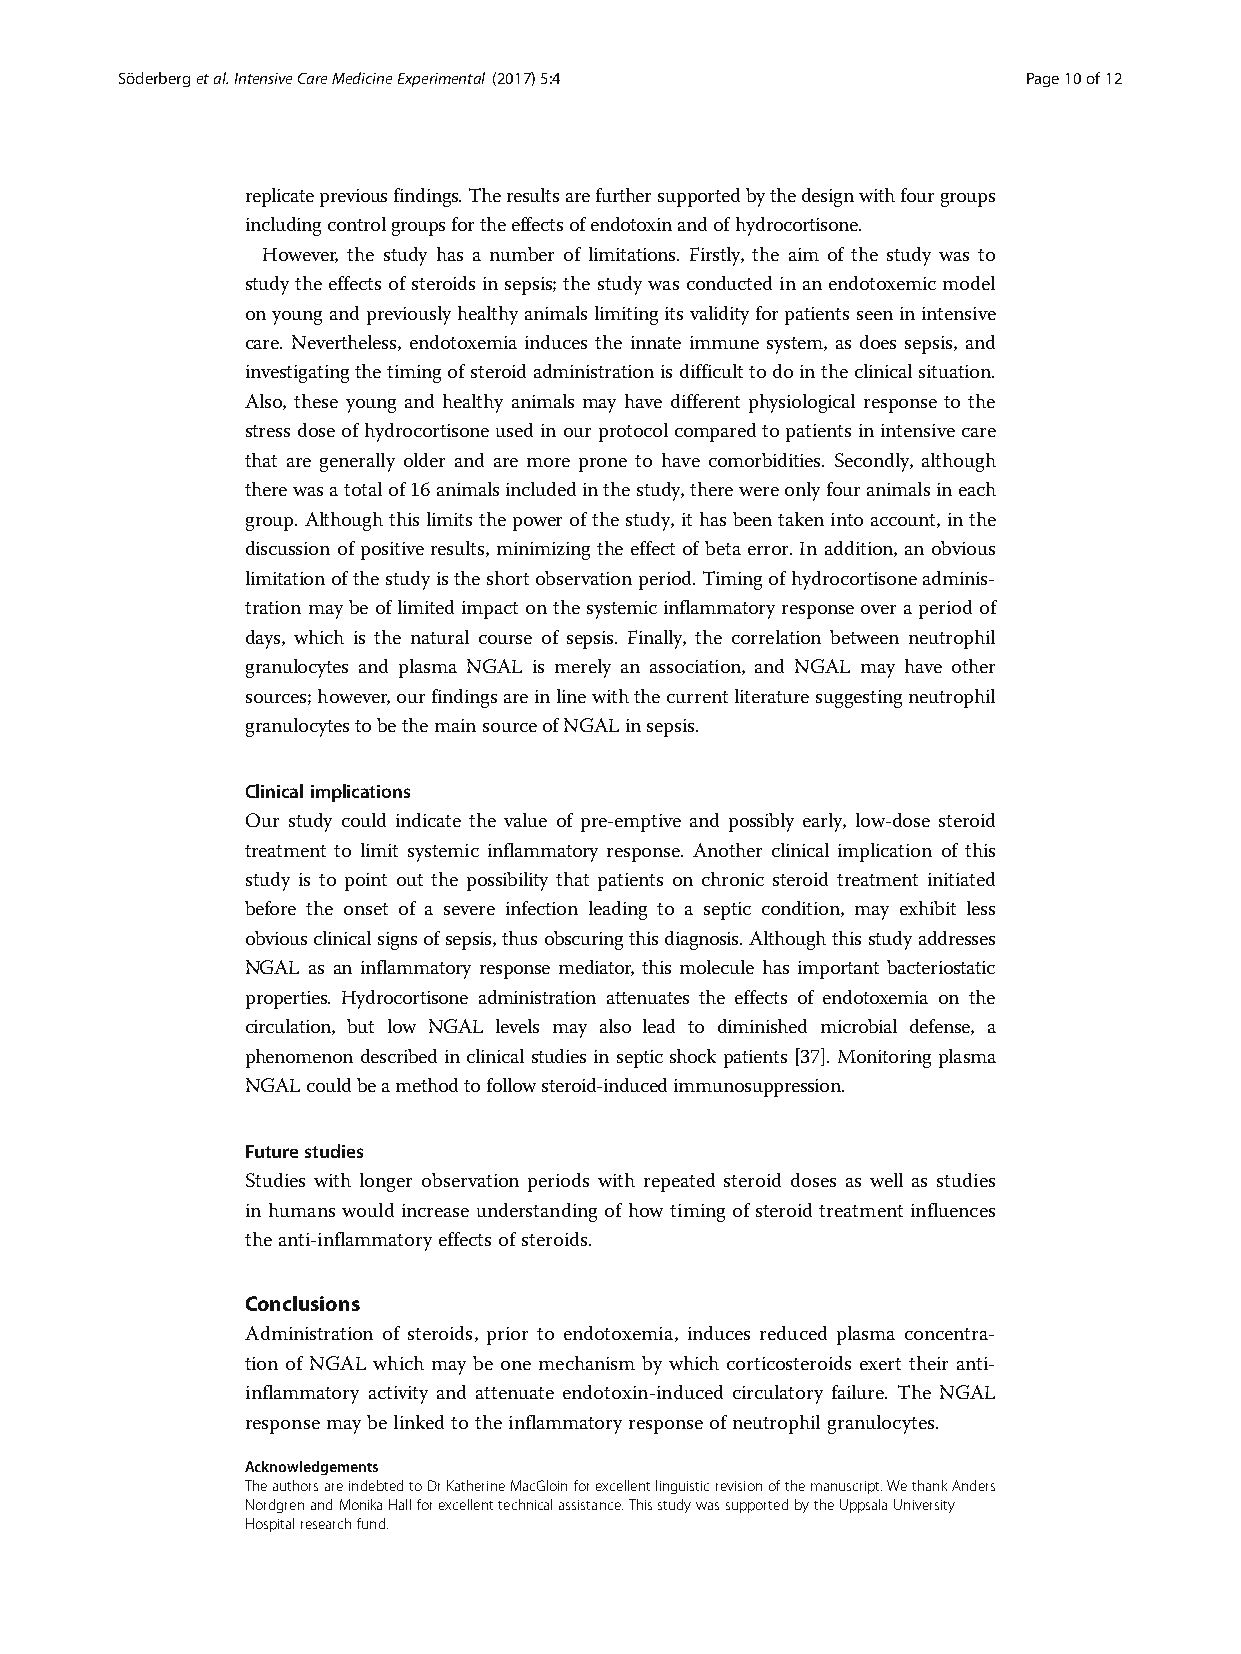
Söderbergetal.IntensiveCareMedicineExperimental (2017) 5:4  Page10of12
 replicatepreviousfindings.Theresultsarefurthersupportedbythedesignwithfourgroups
 includingcontrolgroupsfortheeffectsofendotoxinandofhydrocortisone.
 However, the study has a number of limitations. Firstly, the aim of the study was to
 study the effects ofsteroids insepsis;the study wasconducted inanendotoxemic model
 onyoungandpreviouslyhealthyanimalslimitingitsvalidityforpatientsseeninintensive
 care. Nevertheless, endotoxemia induces the innate immune system, as does sepsis, and
 investigatingthetimingofsteroidadministrationisdifficulttodointheclinicalsituation.
 Also, these young and healthy animals may have different physiological response to the
 stressdoseof hydrocortisoneusedinourprotocolcomparedtopatientsinintensive care
 that are generally older and are more prone to have comorbidities. Secondly, although
 therewasatotalof16animalsincludedinthestudy,therewereonlyfouranimalsineach
 group.Althoughthislimitsthepowerofthestudy,ithasbeentakenintoaccount,inthe
 discussion of positive results, minimizing the effect of beta error.In addition, an obvious
 limitationofthestudyistheshortobservationperiod.Timingofhydrocortisoneadminis-
 trationmaybe oflimitedimpactonthesystemicinflammatoryresponseoveraperiodof
 days, which is the natural course of sepsis. Finally, the correlation between neutrophil
 granulocytes and plasma NGAL is merely an association, and NGAL may have other
 sources;however,ourfindingsareinlinewiththecurrentliteraturesuggestingneutrophil
 granulocytestobethemainsourceofNGALinsepsis.
 Clinicalimplications
 Our study could indicate the value of pre-emptive and possibly early, low-dose steroid
 treatment to limit systemic inflammatory response. Another clinical implication of this
 study is to point out the possibility that patients on chronic steroid treatment initiated
 before the onset of a severe infection leading to a septic condition, may exhibit less
 obviousclinicalsignsofsepsis,thusobscuringthisdiagnosis.Althoughthisstudyaddresses
 NGAL as an inflammatory response mediator, this molecule has important bacteriostatic
 properties. Hydrocortisone administration attenuates the effects of endotoxemia on the
 circulation, but low NGAL levels may also lead to diminished microbial defense, a
 phenomenon described in clinical studies in septic shock patients[37]. Monitoring plasma
 NGALcouldbeamethodtofollowsteroid-inducedimmunosuppression.
 Futurestudies
 Studies with longer observation periods with repeated steroid doses as well as studies
 in humans would increase understanding of how timing of steroid treatment influences
 theanti-inflammatoryeffectsofsteroids.
 Conclusions
 Administration of steroids, prior to endotoxemia, induces reduced plasma concentra-
 tion of NGAL which may be one mechanism by which corticosteroids exert their anti-
 inflammatory activity and attenuate endotoxin-induced circulatory failure. The NGAL
 responsemaybelinked totheinflammatoryresponse ofneutrophilgranulocytes.
 Acknowledgements
 TheauthorsareindebtedtoDrKatherineMacGloinforexcellentlinguisticrevisionofthemanuscript.WethankAnders
 NordgrenandMonikaHallforexcellenttechnicalassistance.ThisstudywassupportedbytheUppsalaUniversity
 Hospitalresearchfund.